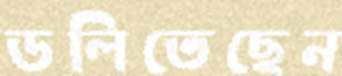
ডলিতেছেন